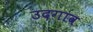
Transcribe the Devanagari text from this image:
उदगाव